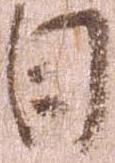
日